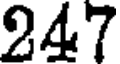
247